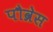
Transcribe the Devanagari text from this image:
पौव्रेस